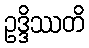
ဥဒ္ဒိဿတိ